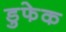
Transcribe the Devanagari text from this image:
डुफेक